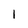
Character: l